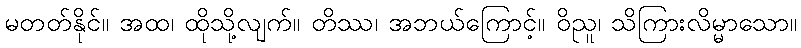
မတတ်နိုင်။ အထ၊ ထိုသို့လျက်။ တိဿ၊ အဘယ်ကြောင့်။ ဝိညူ၊ သိကြားလိမ္မာသော။